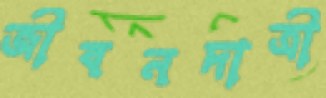
জীবনদাত্রী